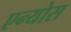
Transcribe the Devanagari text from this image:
एन्योस